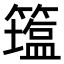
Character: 𥵈